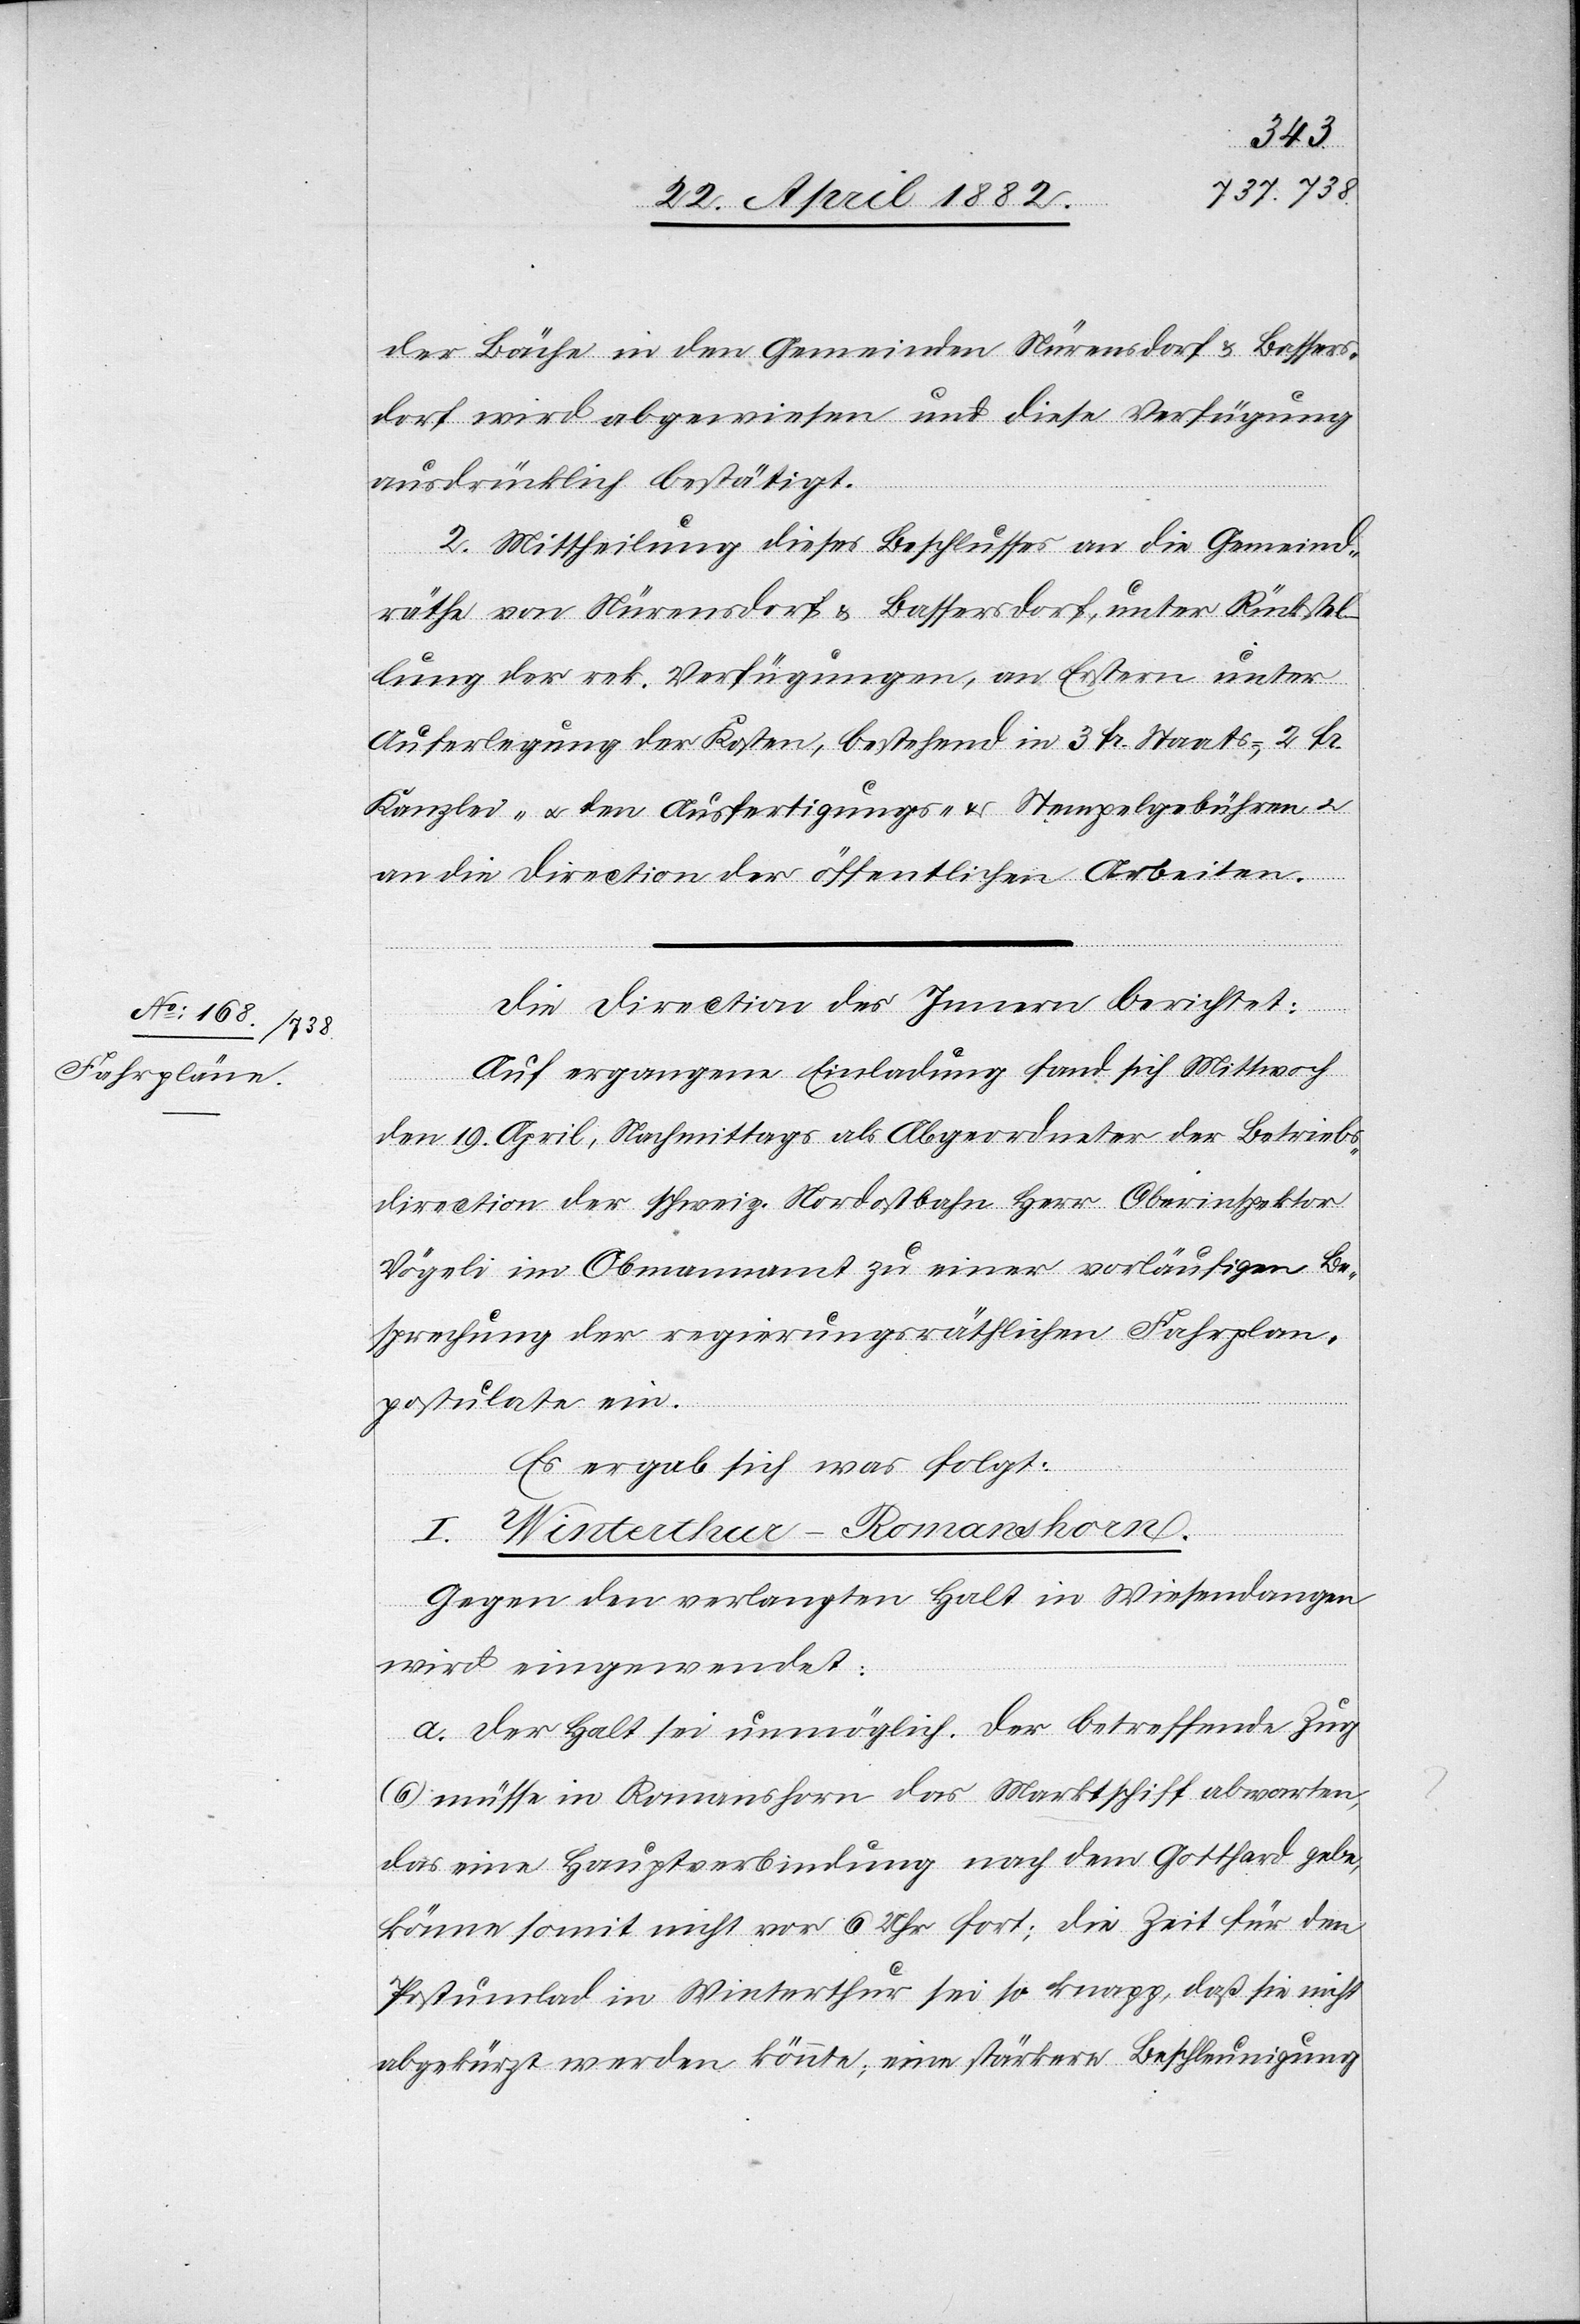
der Bäche in den Gemeinden Nürensdorf & Bassers¬
dorf wird abgewiesen und diese Verfügung
ausdrücklich bestätigt.
2. Mittheilung dieses Beschlusses an die Gemeind¬
[si¬
räthe von Nürensdorf & Bassersdorf, unter Rückstel¬
lung der rek. Verfügungen, an Erstern unter
Auferlegung der Kosten, bestehend in 3 Fr. Staats-, 2 Fr.
Kanzlei- u. den Ausfertigungs- & Stempelgebühren u.
an die Direction der öffentlichen Arbeiten.
Die Direction des Innern berichtet:
Auf ergangene Einladung fand sich Mittwoch
den 19. April, Nachmittags als Abgeordneter der Betriebs¬
direction der schweiz. Nordostbahn Herr Oberinspektor
Vögeli im Obmannamt zu einer vorläufigen Be¬
sprechung der regierungsräthlichen Fahrplan¬
postulate ein.
Es ergab sich was folgt:
I. Winterthur–Romanshorn.
Gegen den verlangten Halt in Wiesendangen
wird eingewendet:
c!] der Halt sei unmöglich. Der betreffende Zug
(6) müsse in Romanshorn das Marktschiff abwarten,
das eine Hauptverbindung nach dem Gotthard gebe,
könne somit nicht vor 6 Uhr fort; die Zeit für den
Postumlad in Winterthur sei so knapp, daß sie nicht
abgekürzt werden könnte; eine stärkere Beschleunigung